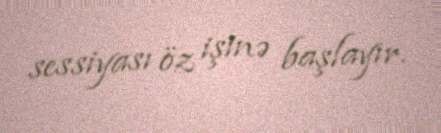
sessiyası öz işinə başlayır.